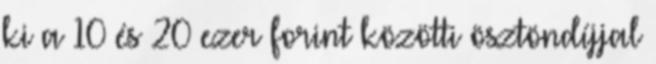
ki a 10 és 20 ezer forint közötti ösztöndíjjal